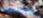
تجعلهم